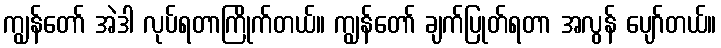
ကျွန်တော် အဲဒါ လုပ်ရတာကြိုက်တယ်။ ကျွန်တော် ချက်ပြုတ်ရတာ အလွန် ပျော်တယ်။